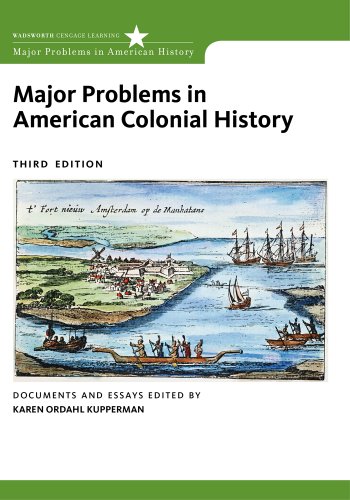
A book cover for Major Problems in American Colonial History (Major Problems in American History (Wadsworth)); Karen Ordahl Kupperman; History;